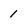
Character: 1